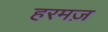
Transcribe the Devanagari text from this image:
हरमज़